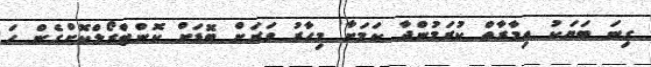
ގިނަ ބަޔަކު އިމާރާތް ކުރަމުންދާ ކަމަށާ މިހާރު ވަރަށް ބޮޑަށް ކޮންޓްރޯލްކޮށްގެން ހަ